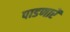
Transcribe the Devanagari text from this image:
पाडणारें